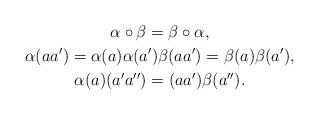
LaTeX: \begin{gather*}\alpha \circ \beta =\beta \circ \alpha , \\\alpha ( aa^{\prime } ) =\alpha (a) \alpha (a^{\prime } ) \beta ( aa^{\prime } ) =\beta(a) \beta ( a^{\prime } ) , \\ \alpha (a) ( a^{\prime }a^{\prime \prime } ) = (aa^{\prime } ) \beta ( a^{\prime \prime } ) . \end{gather*}